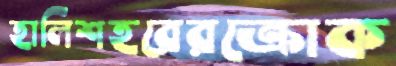
হালিশহরেরক্রোক